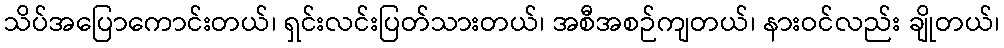
သိပ်အပြောကောင်းတယ်၊ ရှင်းလင်းပြတ်သားတယ်၊ အစီအစဉ်ကျတယ်၊ နားဝင်လည်း ချိုတယ်၊